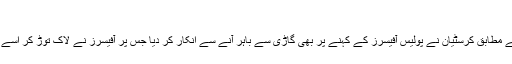
“
رپورٹ کے مطابق کرسٹیان نے پولیس آفیسرز کے کہنے پر بھی گاڑی سے باہر آنے سے انکار کر دیا جس پر آفیسرز نے لاک توڑ کر اسے باہر نکالا۔